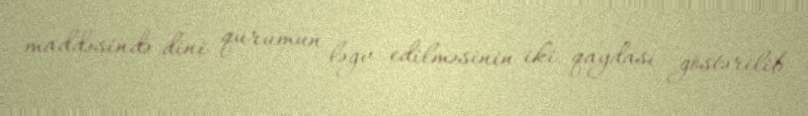
maddəsində dini qurumun ləğv edilməsinin iki qaydası göstərilib.